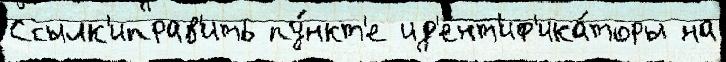
Ссылк'иправ'ить пу́нкт'е ид'ент'иф'ика́торы на